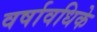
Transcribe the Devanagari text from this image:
वर्षावधिके